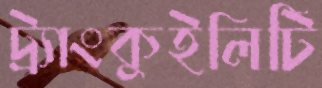
ট্র্যাংকুইলিটি